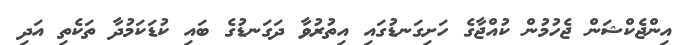
އިންޖެކްޝަން ޖެހުމުން ކުއްޖާގެ ހަށިގަނޑުގައި އިތުރުވާ ދަގަނޑުގެ ބައި ކުޑަކަމުދާ ތަކެތި އަދި